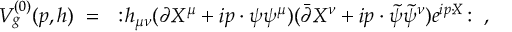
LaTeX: V _ { g } ^ { ( 0 ) } ( p , h ) ~ = ~ : \! h _ { \mu \nu } ( \partial X ^ { \mu } + i p \cdot \psi \psi ^ { \mu } ) ( { \bar { \partial } } X ^ { \nu } + i p \cdot { \widetilde \psi } { \widetilde \psi } ^ { \nu } ) e ^ { i p \cdot \! X } \! : ~ ,